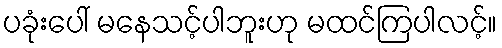
ပခုံးပေါ် မနေသင့်ပါဘူးဟု မထင်ကြပါလင့်။